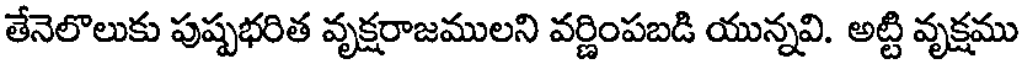
తేనెలొలుకు పుష్పభరిత వృక్షరాజములని వర్ణింపబడి యున్నవి. అట్టి వృక్షము